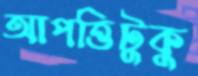
আপত্তিটুকু